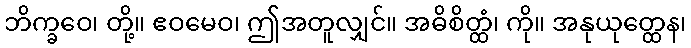
ဘိက္ခဝေ၊ တို့။ ဧဝမေဝ၊ ဤအတူလျှင်။ အဓိစိတ္ထံ၊ ကို။ အနုယုတ္ထေန၊